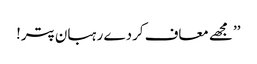
’’مجھے معاف کردے رہبان پتر!